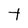
Character: t